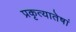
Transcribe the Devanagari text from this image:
प्रकृत्यातेषां